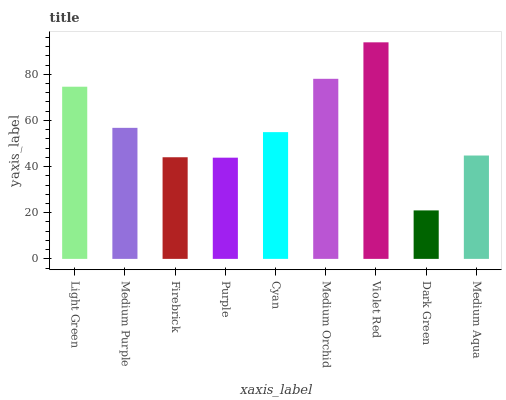
| xaxis_label | bars |
 | --- | --- |
 | Light Green | 74.6 |
 | Medium Purple | 56.8 |
 | Firebrick | 44.1 |
 | Purple | 43.9 |
 | Cyan | 54.9 |
 | Medium Orchid | 78.1 |
 | Violet Red | 93.9 |
 | Dark Green | 21 |
 | Medium Aqua | 44.8 |